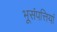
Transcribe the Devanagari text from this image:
भूसंपत्तियां